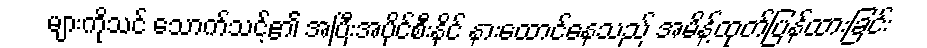
များကိုသင် သောက်သင့်၏ အပြီးအပိုင်စီးနိုင် နားထောင်နေသည် အမိန့်ထုတ်ပြန်ထားခြင်း